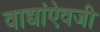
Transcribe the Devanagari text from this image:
वाद्यांऐवजी